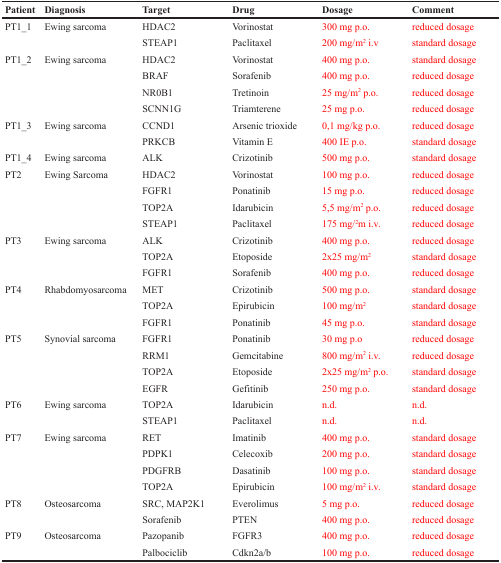
<table><thead><tr><td><b>Patient</b></td><td><b>Diagnosis</b></td><td><b>Target</b></td><td><b>Drug</b></td><td><b>Dosage</b></td><td><b>Comment</b></td></tr></thead><tbody><tr><td rowspan="2">PT1_1</td><td rowspan="2">Ewing sarcoma</td><td>HDAC2</td><td>Vorinostat</td><td>300 mg p.o.</td><td>reduced dosage</td></tr><tr><td>STEAP1</td><td>Paclitaxel</td><td>200 mg/m<sup>2</sup> i.v</td><td>standard dosage</td></tr><tr><td rowspan="4">PT1_2</td><td rowspan="4">Ewing sarcoma</td><td>HDAC2</td><td>Vorinostat</td><td>400 mg p.o.</td><td>standard dosage</td></tr><tr><td>BRAF</td><td>Sorafenib</td><td>400 mg p.o.</td><td>reduced dosage</td></tr><tr><td>NR0B1</td><td>Tretinoin</td><td>25 mg/m<sup>2</sup> p.o.</td><td>reduced dosage</td></tr><tr><td>SCNN1G</td><td>Triamterene</td><td>25 mg p.o.</td><td>reduced dosage</td></tr><tr><td rowspan="2">PT1_3</td><td rowspan="2">Ewing sarcoma</td><td>CCND1</td><td>Arsenic trioxide</td><td>0,1 mg/kg p.o.</td><td>reduced dosage</td></tr><tr><td>PRKCB</td><td>Vitamin E</td><td>400 IE p.o.</td><td>standard dosage</td></tr><tr><td>PT1_4</td><td>Ewing sarcoma</td><td>ALK</td><td>Crizotinib</td><td>500 mg p.o.</td><td>standard dosage</td></tr><tr><td rowspan="4">PT2</td><td rowspan="4">Ewing Sarcoma</td><td>HDAC2</td><td>Vorinostat</td><td>100 mg p.o.</td><td>reduced dosage</td></tr><tr><td>FGFR1</td><td>Ponatinib</td><td>15 mg p.o.</td><td>reduced dosage</td></tr><tr><td>TOP2A</td><td>Idarubicin</td><td>5,5 mg/m<sup>2</sup> p.o.</td><td>reduced dosage</td></tr><tr><td>STEAP1</td><td>Paclitaxel</td><td>175 mg/<sup>2</sup>m i.v.</td><td>reduced dosage</td></tr><tr><td rowspan="3">PT3</td><td rowspan="3">Ewing sarcoma</td><td>ALK</td><td>Crizotinib</td><td>400 mg p.o.</td><td>reduced dosage</td></tr><tr><td>TOP2A</td><td>Etoposide</td><td>2x25 mg/m<sup>2</sup></td><td>standard dosage</td></tr><tr><td>FGFR1</td><td>Sorafenib</td><td>400 mg p.o.</td><td>reduced dosage</td></tr><tr><td rowspan="3">PT4</td><td rowspan="3">Rhabdomyosarcoma</td><td>MET</td><td>Crizotinib</td><td>500 mg p.o.</td><td>standard dosage</td></tr><tr><td>TOP2A</td><td>Epirubicin</td><td>100 mg/m<sup>2</sup></td><td>standard dosage</td></tr><tr><td>FGFR1</td><td>Ponatinib</td><td>45 mg p.o.</td><td>standard dosage</td></tr><tr><td rowspan="4">PT5</td><td rowspan="4">Synovial sarcoma</td><td>FGFR1</td><td>Ponatinib</td><td>30 mg p.o</td><td>reduced dosage</td></tr><tr><td>RRM1</td><td>Gemcitabine</td><td>800 mg/m<sup>2</sup> i.v.</td><td>reduced dosage</td></tr><tr><td>TOP2A</td><td>Etoposide</td><td>2x25 mg/m<sup>2</sup> p.o.</td><td>standard dosage</td></tr><tr><td>EGFR</td><td>Gefitinib</td><td>250 mg p.o.</td><td>standard dosage</td></tr><tr><td rowspan="2">PT6</td><td rowspan="2">Ewing sarcoma</td><td>TOP2A</td><td>Idarubicin</td><td>n.d.</td><td>n.d.</td></tr><tr><td>STEAP1</td><td>Paclitaxel</td><td>n.d.</td><td>n.d.</td></tr><tr><td rowspan="4">PT7</td><td rowspan="4">Ewing sarcoma</td><td>RET</td><td>Imatinib</td><td>400 mg p.o.</td><td>standard dosage</td></tr><tr><td>PDPK1</td><td>Celecoxib</td><td>200 mg p.o.</td><td>standard dosage</td></tr><tr><td>PDGFRB</td><td>Dasatinib</td><td>100 mg p.o.</td><td>standard dosage</td></tr><tr><td>TOP2A</td><td>Epirubicin</td><td>100 mg/m<sup>2</sup> i.v.</td><td>standard dosage</td></tr><tr><td rowspan="2">PT8</td><td rowspan="2">Osteosarcoma</td><td>SRC, MAP2K1</td><td>Everolimus</td><td>5 mg p.o.</td><td>reduced dosage</td></tr><tr><td>Sorafenib</td><td>PTEN</td><td>400 mg p.o.</td><td>reduced dosage</td></tr><tr><td rowspan="2">PT9</td><td rowspan="2">Osteosarcoma</td><td>Pazopanib</td><td>FGFR3</td><td>400 mg p.o.</td><td>reduced dosage</td></tr><tr><td>Palbociclib</td><td>Cdkn2a/b</td><td>100 mg p.o.</td><td>reduced dosage</td></tr></tbody></table>